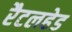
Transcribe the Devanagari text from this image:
रैटलहेड